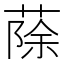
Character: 蒢